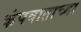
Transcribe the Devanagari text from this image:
कंपवाताच्या